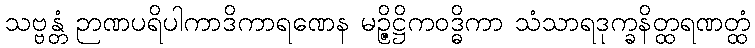
သဗ္ဗန္တံ ဉာဏပရိပါကာဒိကာရဏေန မဉ္ဇိဋ္ဌိကဝဒ္ဓိကာ သံသာရဒုက္ခနိတ္ထရဏတ္ထံ